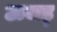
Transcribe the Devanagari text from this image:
ऊजड्